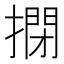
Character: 𢲾